Sanitation, dispensaries and jails vaccination Rajputana 1922-1927 - 1922-1927
Year: 1922
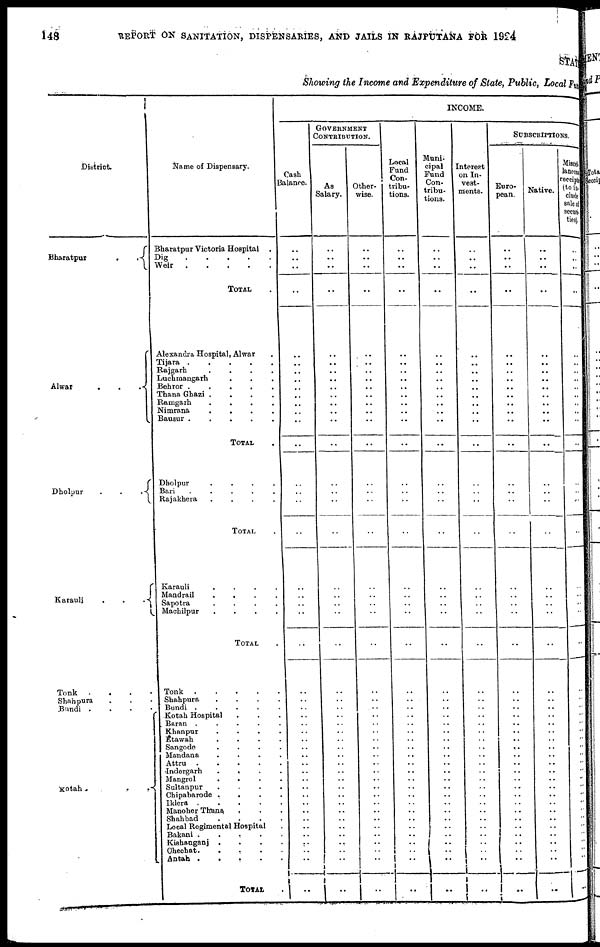
148
REPORT ON SANITATION, DISPENSARIES, AND JAILS IN RAJPUTANA FOR 1924
STAT
Showing the Income and Expenditure of State, Public, Local F
District.
Bharatpur
.
.
Alwar
.
.
.
Dholpur
.
.
.
Karauli
.
.
.
Tonk ....
Shahpura ...
Bundi ....
Kotah...
Name of Dispensary.
Bharatpur Victoria Hospital .
Dig
Weir
TOTAL.
Alexandra Hospital, Alwar .
Tijara
.....
Rajgarh
....
Luchmangarh ...
Behror
.....
Thana Ghazi
....
Ramgarh
....
Nimrana
....
Bausur
.....
TOTAL .
Dholpur
....
Bari
.....
Rajakhera
....
TOTAL .
Karauli
.
.
.
.
Mandrail
....
Sapotra
....
Machilpur ....
TOTAL .
Tonk
....
Shahpura....
Bundi
....
Kotah Hospital ...
Baran
....
Khanpur ....
Etawah ....
Sangode ....
Mandana ....
Attru
....
Indergarh
....
Mangrol....
Sultanpur....
Chipabarode .
...
Iklera
....
Manoher Thana...
Shahbad ....
Local Regimental Hospital .
Bakani
....
Kishanganj ....
Chechat....
Antah
....
TOTAL .
INCOME.
Cash
Balance.
..
..
..
..
..
..
..
..
..
..
..
..
..
..
..
..
..
..
..
..
..
..
..
..
..
..
..
..
..
..
..
..
..
..
..
..
..
..
..
..
..
..
..
..
..
..
GOVERNMENT
CONTRIBUSION.
As
Salary.
..
..
..
..
..
..
..
..
..
..
..
..
..
..
..
..
..
..
..
..
..
..
..
..
..
..
..
..
..
..
..
..
..
..
..
..
..
..
..
..
..
..
..
..
..
..
Other-
wise.
..
..
..
..
..
..
..
..
..
..
..
..
..
..
..
..
..
..
..
..
..
..
..
..
..
..
..
..
..
..
..
..
..
..
..
..
..
..
..
..
..
..
..
..
..
..
Local
Fund
Con-
tribu-
tions.
..
..
..
..
..
..
..
..
..
..
..
..
..
..
..
..
..
..
..
..
..
..
..
..
..
..
..
..
..
..
..
..
..
..
..
..
..
..
..
..
..
..
..
..
..
..
Muni-
cipal
Fund
Con-
tribu-
tions.
..
..
..
..
..
..
..
..
..
..
..
..
..
..
..
..
..
..
..
..
..
..
..
..
..
..
..
..
..
..
..
..
..
..
..
..
..
..
..
..
..
..
..
..
..
..
Interest
on In-
vest-
ments.
..
..
..
..
..
..
..
..
..
..
..
..
..
..
..
..
..
..
..
..
..
..
..
..
..
..
..
..
..
..
..
..
..
..
..
..
..
..
..
..
..
..
..
..
..
..
SUBSCRIPTIONS.
Euro-
pean.
..
..
..
..
..
..
..
..
..
..
..
..
..
..
..
..
..
..
..
..
..
..
..
..
..
..
..
..
..
..
..
..
..
..
..
..
..
..
..
..
..
..
..
..
..
..
Native.
..
..
..
..
..
..
..
..
..
..
..
..
..
..
..
..
..
..
..
..
..
..
..
..
..
..
..
..
..
..
..
..
..
..
..
..
..
..
..
..
..
..
..
..
..
..
Miscel.
laneous
receipts
(to in.
clude
sale of
securi
ties).
..
..
..
..
..
..
..
..
..
..
..
..
..
..
..
..
..
..
..
..
..
..
..
..
..
..
..
..
..
..
..
..
..
..
..
..
..
..
..
..
..
..
..
..
..
..